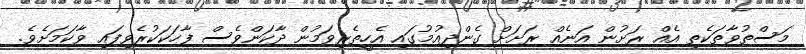
މަސްތުވާތަކެތި އެއް ރަށުން އަނެއް ރަށަށް ގެންދިއުމުގައި އެހީތެރިވަމުން ދާކަންވެސް ފާހަކަކުރެވިފައި ވާކަމަށެވެ.